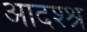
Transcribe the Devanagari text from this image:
आदश्श्र